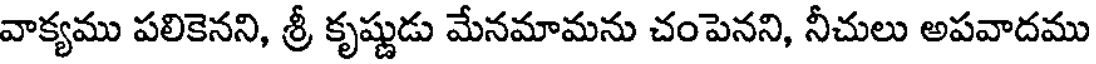
వాక్యము పలికెనని, శ్రీ కృష్ణుడు మేనమామను చంపెనని, నీచులు అపవాదము